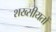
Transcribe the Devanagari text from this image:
शख्सीयतों